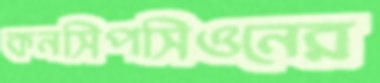
কনসিপসিওনের